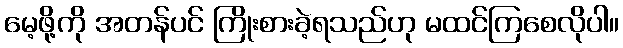
မေ့ဖို့ကို အတန်ပင် ကြိုးစားခဲ့ရသည်ဟု မထင်ကြစေလိုပါ။